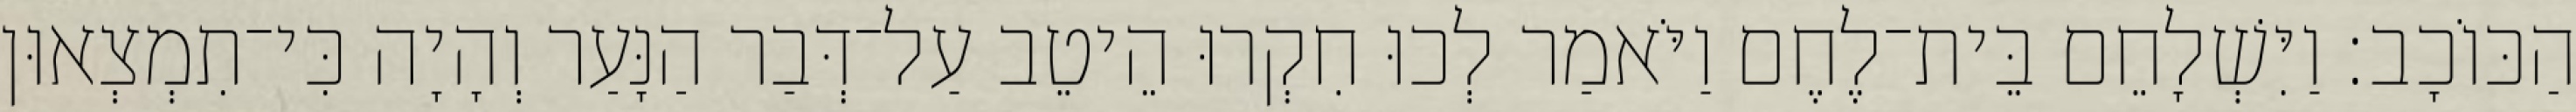
הַכּוֹכָב׃ וַיִּשְׁלָחֵם בֵּית־לֶחֶם וַיֹּאמַר לְכוּ חִקְרוּ הֵיטֵב עַל־דְּבַר הַנָּעַר וְהָיָה כִּי־תִמְצְאוּן